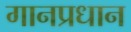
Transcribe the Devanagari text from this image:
गानप्रधान